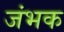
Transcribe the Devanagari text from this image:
जंभक